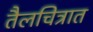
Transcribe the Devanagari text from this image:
तैलचित्रात